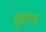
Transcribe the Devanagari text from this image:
यूसोफ